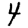
Digit: 4